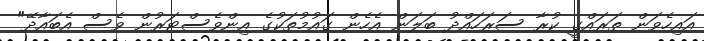
އައިހެވަން ތަރައްގީ ކުރާ ސަރަހައްދު ބަލަން އެހެން ގައުމުތަކުގެ އިންވެސްޓަރުން ވެސް އެބައާދޭ"